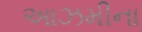
આઝમીના